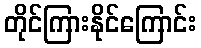
တိုင်ကြားနိုင်ကြောင်း